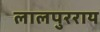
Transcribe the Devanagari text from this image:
लालपुरराय